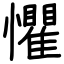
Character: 懼